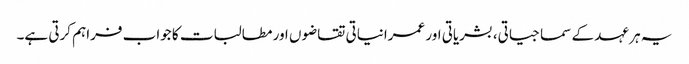
یہ ہر عہد کے سماجیاتی، بشریاتی اور عمرانیاتی تقاضوں اور مطالبات کا جواب فراہم کرتی ہے۔